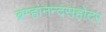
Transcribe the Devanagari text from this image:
ब्रम्हानन्दसहोदर